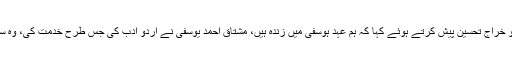
خطبہ استقبالیہ میں صدر آرٹس کونسل احمد شاہ نے ممتاز ادیب مشتاق احمد یوسفی کو خراج تحسین پیش کرتے ہوئے کہا کہ ہم عہد ہوسفی میں زندہ ہیں، مشتاق احمد یوسفی نے اُردو ادب کی جس طرح خدمت کی، وہ سب کے سامنے ہے، ان کی طبیعت کافی ناساز ہے، ہم ان کی صحت لیے دعا گو ہیں۔